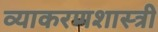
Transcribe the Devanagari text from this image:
व्याकरणशास्त्री